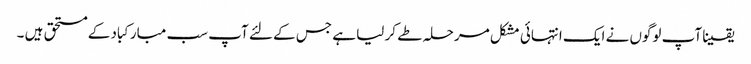
یقینا آپ لوگوں نے ایک انتہائی مشکل مرحلہ طے کر لیا ہے جس کے لئے آپ سب مبارکباد کے مستحق ہیں ۔